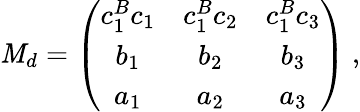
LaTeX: \mathit{M}_{d}=\left(\begin{array}{ccc}{{c_{1}^{B}c_{1}}}&{{c_{1}^{B}c_{2}}}&{{c_{1}^{B}c_{3}}}\\ {{b_{1}}}&{{b_{2}}}&{{b_{3}}}\\ {{a_{1}}}&{{a_{2}}}&{{a_{3}}}\end{array}\right)\ ,